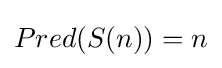
Pred(S(n))=n